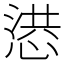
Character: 𢝳